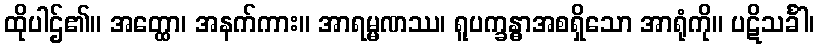
ထိုပါဌ်၏။ အတ္ထော၊ အနက်ကား။ အာရမ္မဏဿ၊ ရူပက္ခန္ဓာအစရှိသော အာရုံကို။ ပဋိသင်္ခါ၊